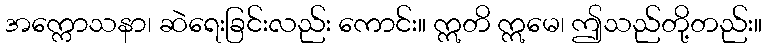
အက္ကောသနာ၊ ဆဲရေးခြင်းလည်း ကောင်း။ ဣတိ ဣမေ၊ ဤသည်တို့တည်း။